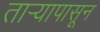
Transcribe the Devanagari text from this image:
तार्‍यापासून